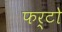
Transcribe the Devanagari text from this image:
फर्टो